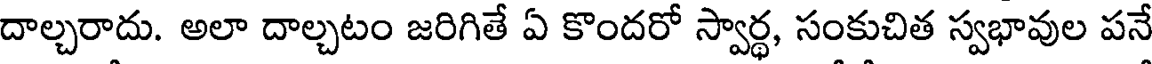
దాల్చరాదు. అలా దాల్చటం జరిగితే ఏ కొందరో స్వార్థ, సంకుచిత స్వభావుల పనే